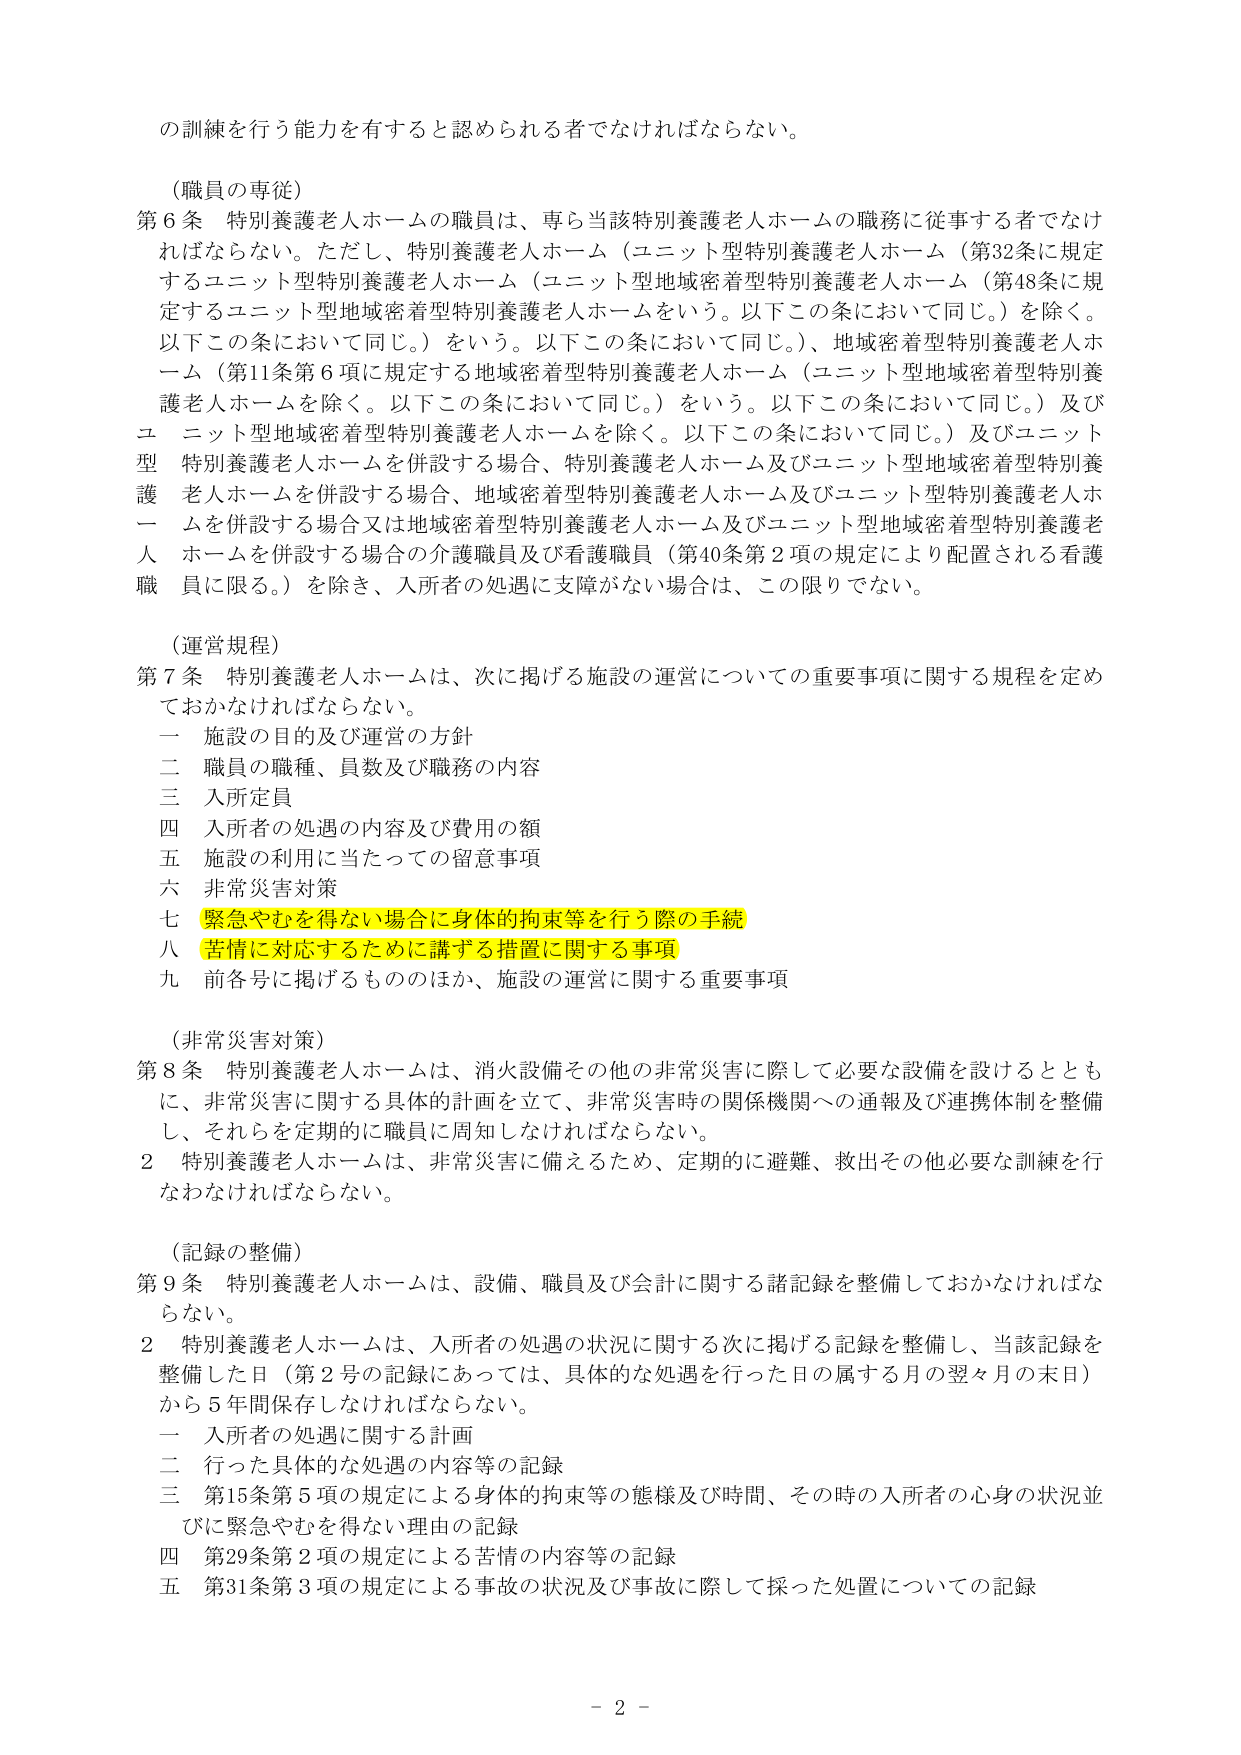
の訓練を行う能力を有すると認められる者でなければならない。

（職員の専従）
第６条 特別養護老人ホームの職員は、専ら当該特別養護老人ホームの職務に従事する者でなければならない。ただし、特別養護老人ホーム（ユニット型特別養護老人ホーム（第32条に規定するユニット型特別養護老人ホーム（ユニット型地域密着型特別養護老人ホーム（第48条に規定するユニット型地域密着型特別養護老人ホームをいう。以下この条において同じ。）を除く。以下この条において同じ。）をいう。以下この条において同じ。）、地域密着型特別養護老人ホーム（第11条第６項に規定する地域密着型特別養護老人ホーム（ユニット型地域密着型特別養護老人ホームを除く。以下この条において同じ。）をいう。以下この条において同じ。）及びユニット型地域密着型特別養護老人ホームを除く。以下この条において同じ。）及びユニット型特別養護老人ホームを併設する場合、特別養護老人ホーム及びユニット型地域密着型特別養護老人ホームを併設する場合、地域密着型特別養護老人ホーム及びユニット型特別養護老人ホームを併設する場合又は地域密着型特別養護老人ホーム及びユニット型地域密着型特別養護老人ホームを併設する場合の介護職員及び看護職員（第40条第２項の規定により配置される看護職員に限る。）を除き、入所者の処遇に支障がない場合は、この限りでない。

（運営規程）
第７条 特別養護老人ホームは、次に掲げる施設の運営についての重要事項に関する規程を定めておかなければならない。
一 施設の目的及び運営の方針
二 職員の職種、員数及び職務の内容
三 入所定員
四 入所者の処遇の内容及び費用の額
五 施設の利用に当たっての留意事項
六 非常災害対策
七 緊急やむを得ない場合に身体的拘束等を行う際の手続
八 苦情に対応するために講ずる措置に関する事項
九 前各号に掲げるもののほか、施設の運営に関する重要事項

（非常災害対策）
第８条 特別養護老人ホームは、消火設備その他の非常災害に際して必要な設備を設けるとともに、非常災害に関する具体的計画を立て、非常災害時の関係機関への通報及び連携体制を整備し、それらを定期的に職員に周知しなければならない。
２ 特別養護老人ホームは、非常災害に備えるため、定期的に避難、救出その他必要な訓練を行なわなければならない。

（記録の整備）
第９条 特別養護老人ホームは、設備、職員及び会計に関する諸記録を整備しておかなければならない。
２ 特別養護老人ホームは、入所者の処遇の状況に関する次に掲げる記録を整備し、当該記録を整備した日（第２号の記録にあっては、具体的な処遇を行った日の属する月の翌々月の末日）から５年間保存しなければならない。
一 入所者の処遇に関する計画
二 行った具体的な処遇の内容等の記録
三 第15条第５項の規定による身体的拘束等の態様及び時間、その時の入所者の心身の状況並びに緊急やむを得ない理由の記録
四 第29条第２項の規定による苦情の内容等の記録
五 第31条第３項の規定による事故の状況及び事故に際して採った処置についての記録

- 2 -